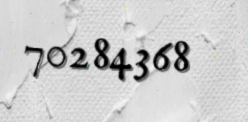
70284368